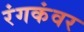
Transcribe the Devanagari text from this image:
रंगकंवर